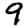
Digit: 9